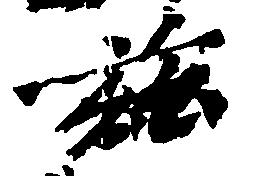
茲